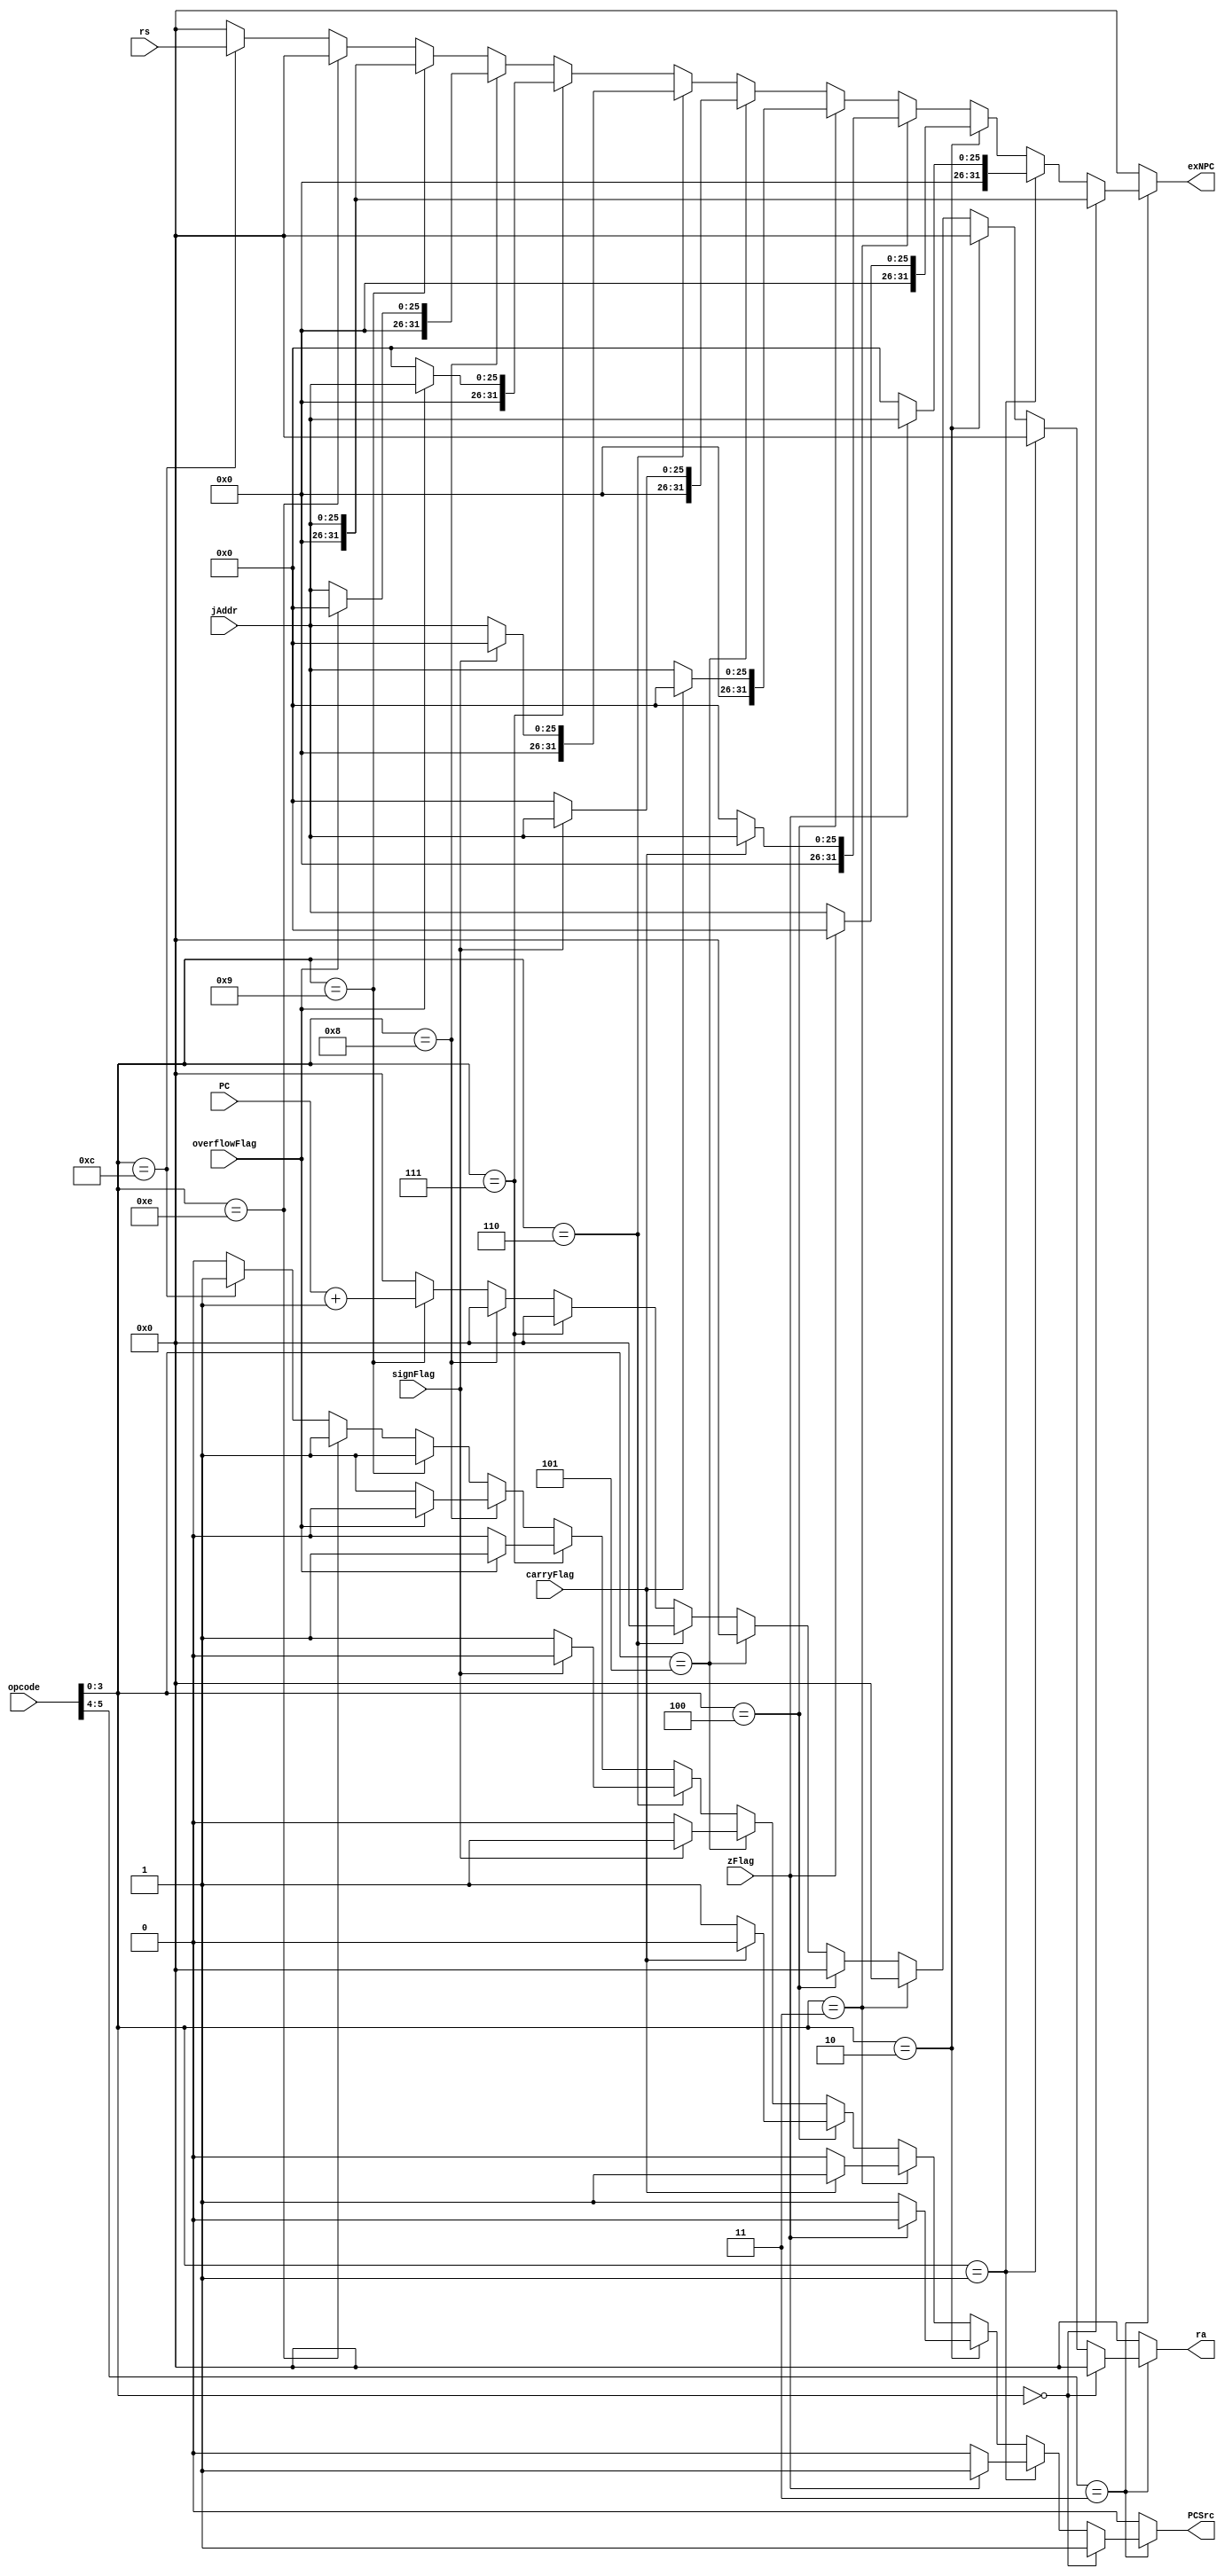
`timescale 1ns / 1ps
//////////////////////////////////////////////////////////////////////////////////
// Company: 
// Engineer: 
// 
// Design Name: 
// Module Name:    branchlogic 
// Project Name: 
// Target Devices: 
// Tool versions: 
// Description: 
//
// Dependencies: 
//
// Revision: 
// Revision 0.01 - File Created
// Additional Comments: 
//
//////////////////////////////////////////////////////////////////////////////////
module branchlogic(
	 input [5:0] opcode,
	 input [31:0] rs,
	 input [25:0] jAddr,
    input carryFlag,
    input zFlag,
    input overflowFlag,
    input signFlag,
	 input [31:0] PC,
    output reg [31:0] exNPC,
	 output reg PCSrc,
	 output reg [31:0] ra
    );
initial 
	begin
		exNPC=0;
		PCSrc=0;
		ra=0;
	end
reg [1:0]var;
reg [3:0]fcode;
always @(*)
	begin
	ra=0; 
		//ra is 0 by default
		var=opcode[5:4];
		fcode=opcode[3:0];
		if(var==2'b11)     //if we are branching
			begin
				if(fcode==4'b0000)
							begin       //b
								exNPC=jAddr[25:0];
								PCSrc=1;
							end
				else if(fcode==4'b0001)
						  begin       //bz
								if(zFlag==1) 
									begin
										exNPC=jAddr[25:0];
										PCSrc=1;
									end
								else 
									begin
									PCSrc=0;
									exNPC=0;
									end
							end
				else if(fcode==4'b0010)
						  begin		//bnz
								if(zFlag==0) 
									begin
										exNPC=jAddr[25:0];
										PCSrc=1;
									end
								else 
									begin
									PCSrc=0;
									exNPC=0;
									end
							end
				else if(fcode==4'b0011)
						  begin		//bcy
								if(carryFlag==1) 
									begin
										exNPC=jAddr[25:0];
										PCSrc=1;
									end
								else 
									begin
									PCSrc=0;
									exNPC=0;
									end
							end
				else if(fcode==4'b0100)
						  begin		//bncy
								if(carryFlag==0) 
									begin
										exNPC=jAddr[25:0];
										PCSrc=1;
									end
								else 
									begin
									PCSrc=0;
									exNPC=0;
									end
							end
				else if(fcode==4'b0101)
						  begin		//bs
								if(signFlag==1) 
									begin
								 		exNPC=jAddr[25:0];
										PCSrc=1;
									end
								else 
									begin
									PCSrc=0;
									exNPC=0;
									end
							end
				else if(fcode==4'b0110)
						  begin	//bns
								if(signFlag==0) 
									begin
										exNPC=jAddr[25:0];
										PCSrc=1;
									end
								else 
									begin
									PCSrc=0;
									exNPC=0;
									end
							end
				else if(fcode==4'b0111)
						  begin	//bv
								if(overflowFlag==1) 
									begin
										exNPC=jAddr[25:0];
										PCSrc=1;
									end
								else 
									begin
									PCSrc=0;
									exNPC=0;
									end
							end
				else if(fcode==4'b1000)
						  begin	//bnv
								if(overflowFlag==0) 
									begin
										exNPC=jAddr[25:0];
										PCSrc=1;
									end
								else 
									begin
									PCSrc=0;
									exNPC=0;
									end
							end
				else if(fcode==4'b1001)
						  begin		//call
								exNPC=jAddr[25:0];
								PCSrc=1;
								ra=PC+32'b00000000000000000000000000000001;   //Store the PC 
							end
				else if(fcode==4'b1110)
						  begin //return
								exNPC=ra[31:0];
								PCSrc=1;
							end
				else if(fcode==4'b1100)                                                      
					begin
						exNPC=rs[31:0];
						PCSrc=1;
					end
				else    
							begin //default case
								PCSrc=0;
								exNPC=0;
							end
		end
			
		
		else
		 begin //default case
				PCSrc=0;
				exNPC=0;
		end
end
	


endmodule